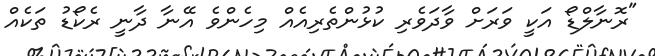
"ރޮނާލްޑޯ އަކީ ވަރަށް ވާދަވެރި ކުޅުންތެރިއެއް މިހެންވެ އޭނާ ދާނީ ރެކޯޑު ތަކެއް